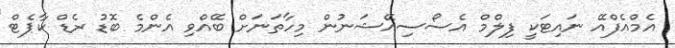
އެމްއެފްއޭ ނައިޓަކީ ފިލްމް އެސޯސިއޭޝަނުން މިހާތަނަށް ބޭއްވި އެންމެ ބޮޑު ރެޑް ކާޕެޓް